Malarial fevers
Disease focus: Malaria
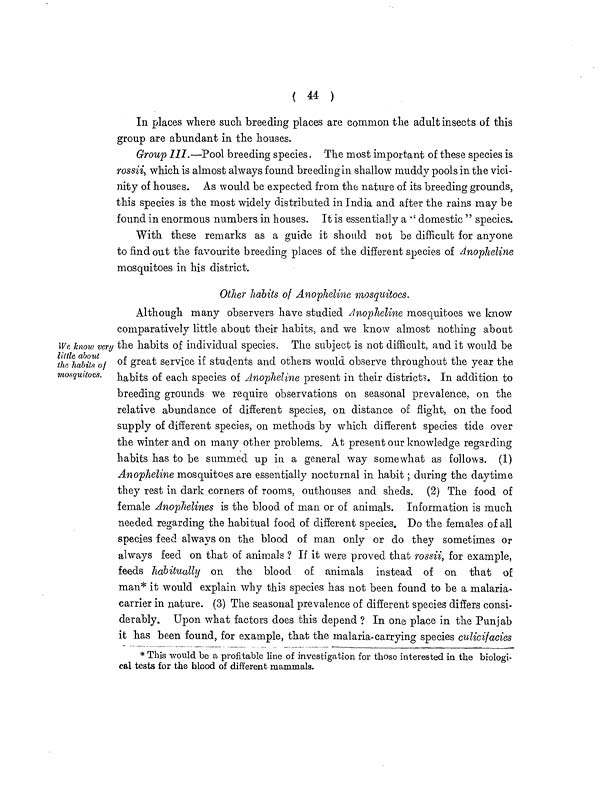
( 44 )
In places where such breeding places are common the adult insects of this
group are abundant in the houses.
Group III,—Pool breeding species. The most important of these species is
rossii, which is almost always found breeding in shallow muddy pools in the vici-
nity of houses. As would be expected from the nature of its breeding grounds,
this species is the most widely distributed in India and after the rains may be
found in enormous numbers in houses. It is essentially a " domestic " species.
With these remarks as a guide it should not be difficult for anyone
to find out the favourite breeding places of the different species of Anopheline
mosquitoes in his district.
Other habits of Anopheline mosquitoes.
We know very
little about
the habits of
mosquitoes.
Although many observers have studied Anopheline mosquitoes we know
comparatively little about their habits, and we know almost nothing about
the habits of individual species. The subject is not difficult, and it would be
of great service if students and others would observe throughout the year the
habits of each species of Anopheline present in their districts. In addition to
breeding grounds we require observations on seasonal prevalence, on the
relative abundance of different species, on distance of flight, on the food
supply of different species, on methods by which different species tide over
the winter and on many other problems. At present our knowledge regarding
habits has to be summed up in a general way somewhat as follows. (1)
Anopheline mosquitoes are essentially nocturnal in habit; during the daytime
they rest in dark corners of rooms, outhouses and sheds. (2) The food of
female Anophelines is the blood of man or of animals. Information is much
needed regarding the habitual food of different species. Do the females of all
species feed always on the blood of man only or do they sometimes or
always feed on that of animals ? If it were proved that rossii, for example,
feeds habitually on the blood of animals instead of on that of
man* it would explain why this species has not been found to be a malaria-
carrier in nature. (3) The seasonal prevalence of different species differs consi-
derably. Upon what factors does this depend ? In one place in the Punjab
it has been found, for example, that the malaria-carrying species culicifacies
* This would be a profitable line of investigation for those interested in the biologi-
cal tests for the blood of different mammals.